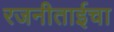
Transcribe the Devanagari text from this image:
रजनीताईचा